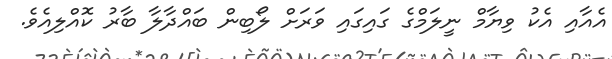
އެއާއި އެކު ވިޔާމް ނީލަމްގެ ގައިގައި ވަރަށް ލޯބިން ބައްދާލާ ބާރު ކޮއްލިއެވެ.